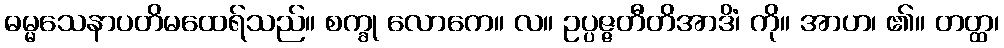
ဓမ္မသေနာပတိမထေရ်သည်။ စက္ခု လောကေ။ လ။ ဥပ္ပဇ္ဇတီတိအာဒိံ၊ ကို။ အာဟ၊ ၏။ တတ္ထ၊